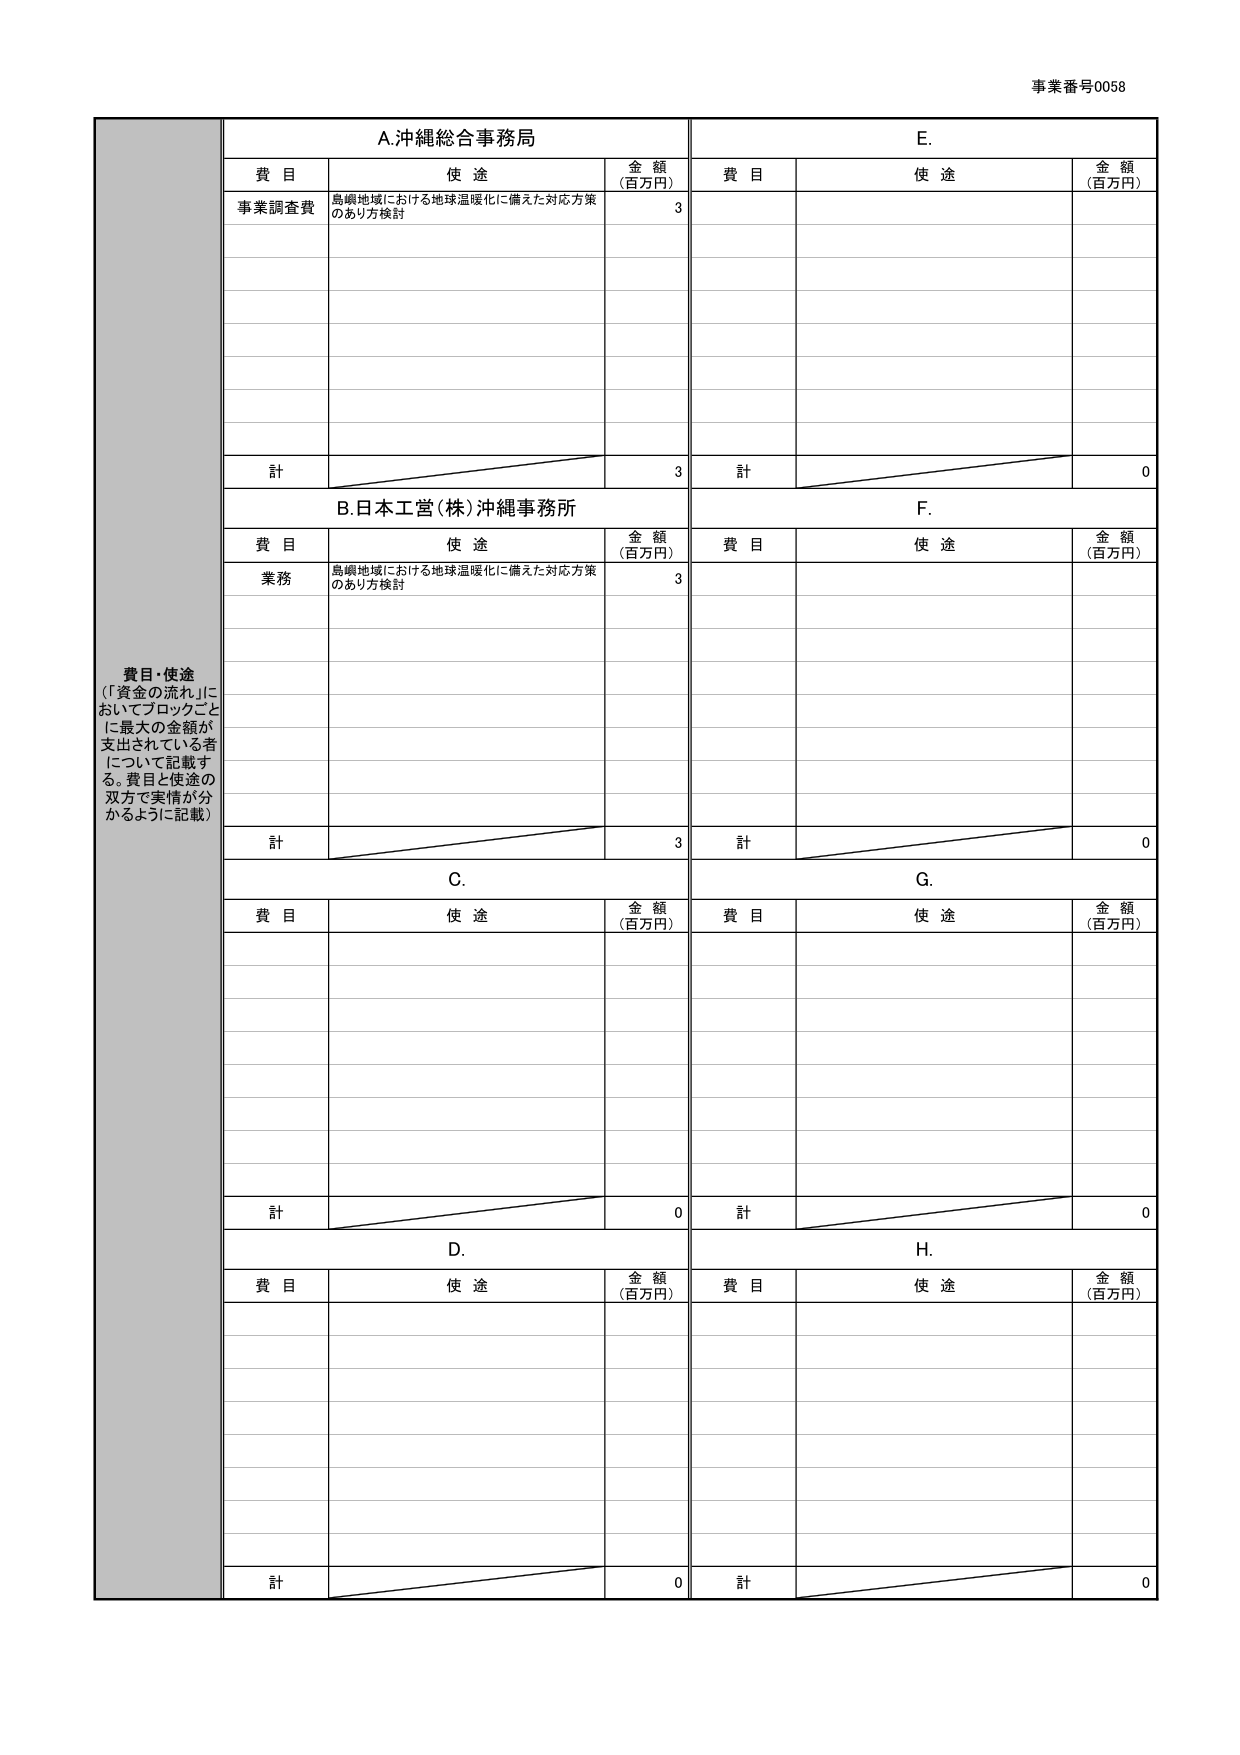
事業番号0058

A.沖縄総合事務局
費目 使途 金額（百万円）
事業調査費 島嶼地域における地球温暖化に備えた対応方策のあり方検討 3
計 3

B.日本工営(株)沖縄事務所
費目 使途 金額（百万円）
業務 島嶼地域における地球温暖化に備えた対応方策のあり方検討 3
計 3

C.
費目 使途 金額（百万円）
計 0

D.
費目 使途 金額（百万円）
計 0

E.
費目 使途 金額（百万円）
計 0

F.
費目 使途 金額（百万円）
計 0

G.
費目 使途 金額（百万円）
計 0

H.
費目 使途 金額（百万円）
計 0

費目・使途
（「資金の流れ」においてブロックごとに最大の金額が支出されている者について記載する。費目と使途の双方で実情が分かるように記載）